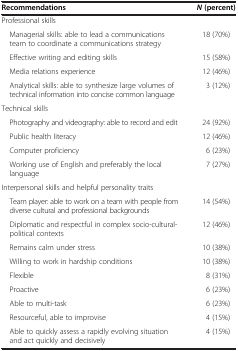
| Recommendations | N (percent) |
 | --- | --- |
 | Professional skills |  |
 | Managerial skills: able to lead a communications team to coordinate a communications strategy | 18 (70%) |
 | Effective writing and editing skills | 15 (58%) |
 | Media relations experience | 12 (46%) |
 | Analytical skills: able to synthesize large volumes of technical information into concise common language | 3 (12%) |
 | Technical skills |  |
 | Photography and videography: able to record and edit | 24 (92%) |
 | Public health literacy | 12 (46%) |
 | Computer proficiency | 6 (23%) |
 | Working use of English and preferably the local language | 7 (27%) |
 | Interpersonal skills and helpful personality traits |  |
 | Team player: able to work on a team with people from diverse cultural and professional backgrounds | 14 (54%) |
 | Diplomatic and respectful in complex socio-cultural-political contexts | 12 (46%) |
 | Remains calm under stress | 10 (38%) |
 | Willing to work in hardship conditions | 10 (38%) |
 | Flexible | 8 (31%) |
 | Proactive | 6 (23%) |
 | Able to multi-task | 6 (23%) |
 | Resourceful, able to improvise | 4 (15%) |
 | Able to quickly assess a rapidly evolving situation and act quickly and decisively | 4 (15%) |